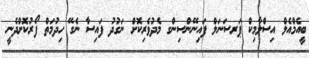
ބީއެމްއެލް އިސްލާމިކް ޕަރސަނަލް ފައިނޭންސިންގ މެދުވެރިކޮށް ނަގުދު ފައިސާ ނެގޭ ހިދުމަތް ފޯރުކޮށްދެނީ